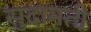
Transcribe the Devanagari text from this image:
सुदामती